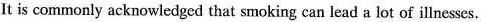
It is commonly acknowledged that smoking can lead a lot of illnesses.